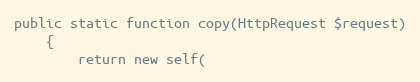
Language: PHP
public static function copy(HttpRequest $request)
    {
        return new self(